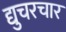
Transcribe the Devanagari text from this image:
द्युचरचार